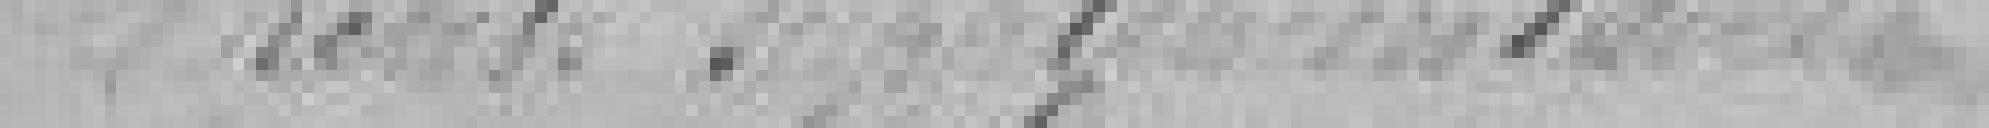
Crédits supplémentaires